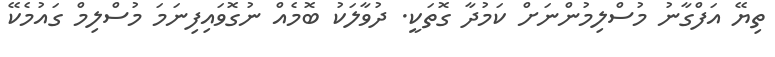
ތިޔޭ އަފްގާނު މުސްލިމުންނަށް ކަމުދާ ގޮތަކީ. ދުވާލަކު ބޮމެއް ނުގޮވައިފިނަމަ މުސްލިމް ގައުމެކޭ